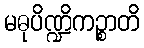
မဓုပိဏ္ဍိကဉ္စာတိ